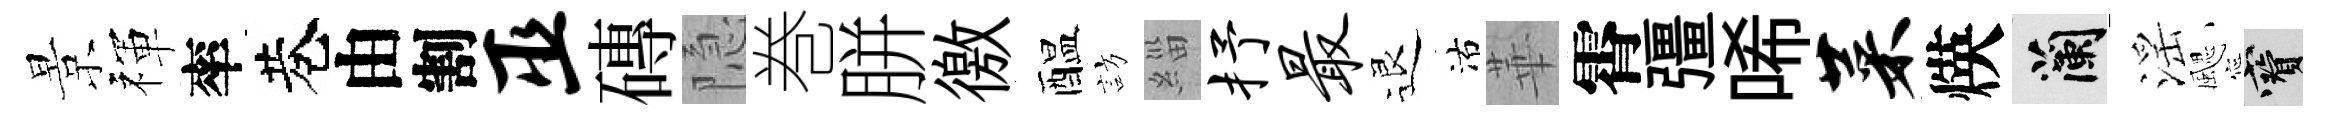
景禈率巷由割巫磚隐巻胼徼醖訪緇抒最退沽華霄彊唏菜煐蘭滛颸寶